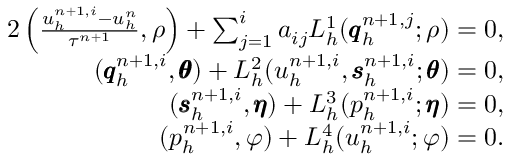
\begin{array} { r } { { 2 } \left( \frac { u _ { h } ^ { n + 1 , i } - u _ { h } ^ { n } } { \tau ^ { n + 1 } } , \rho \right) + \sum _ { j = 1 } ^ { i } a _ { i j } L _ { h } ^ { 1 } ( \pmb { q } _ { h } ^ { n + 1 , j } ; \rho ) = 0 , } \\ { ( \pmb { q } _ { h } ^ { n + 1 , i } , \pmb { \theta } ) + L _ { h } ^ { 2 } ( u _ { h } ^ { n + 1 , i } , \pmb { s } _ { h } ^ { n + 1 , i } ; \pmb { \theta } ) = 0 , } \\ { ( \pmb { s } _ { h } ^ { n + 1 , i } , \pmb { \eta } ) + L _ { h } ^ { 3 } ( p _ { h } ^ { n + 1 , i } ; \pmb { \eta } ) = 0 , } \\ { ( p _ { h } ^ { n + 1 , i } , \varphi ) + L _ { h } ^ { 4 } ( u _ { h } ^ { n + 1 , i } ; \varphi ) = 0 . } \end{array}